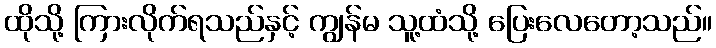
ထိုသို့ ကြားလိုက်ရသည်နှင့် ကျွန်မ သူ့ထံသို့ ပြေးလေတော့သည်။